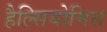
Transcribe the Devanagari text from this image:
हैल्सियोमिस